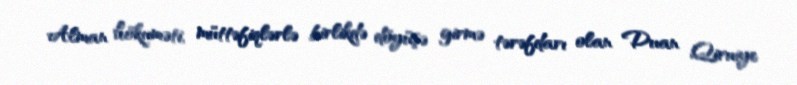
Alman hökuməti, müttəfiqlərlə birlikdə döyüşə girmə tərəfdarı olan Duan Qiruiye